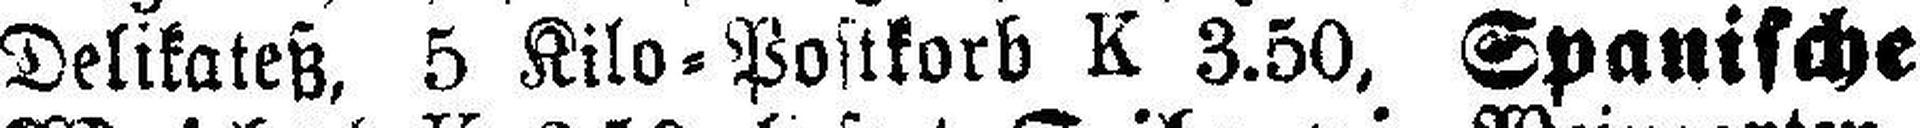
Delikateß, 5 Kilo=Postkorb K 3.50, Spanische